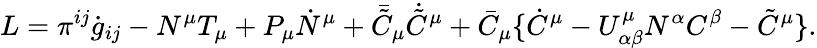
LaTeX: L=\pi^{ij}\dot{g}_{ij}-N^{\mu}T_{\mu}+P_{\mu}\dot{N}^{\mu}+\bar{\tilde{C}}_{\mu}\dot{\tilde{C}}^{\mu}+\bar{C}_{\mu}\{ \dot{C}^{\mu}-U_{\alpha\beta}^{\mu}N^{\alpha}C^{\beta}-\tilde{C}^{\mu}\} .